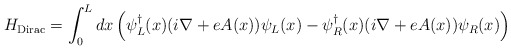
\begin{align*}H_{\rm Dirac}=\int_0^L dx\left(\psi^{\dagger}_L(x)(i\nabla+eA(x))\psi_L(x)-\psi_R^{\dagger}(x)(i\nabla+eA(x))\psi_R(x)\right)\end{align*}